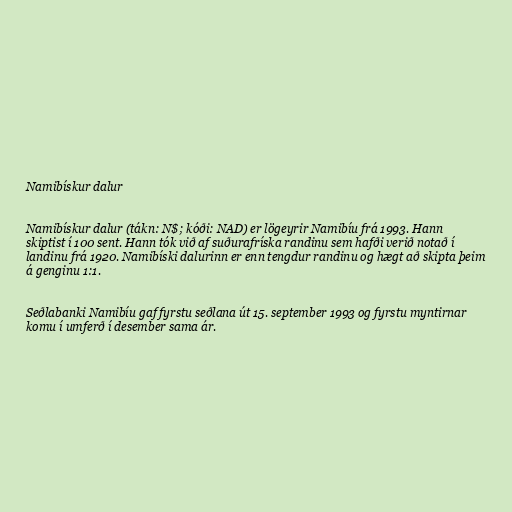
Namibískur dalur

Namibískur dalur (tákn: N$; kóði: NAD) er lögeyrir Namibíu frá 1993. Hann
skiptist í 100 sent. Hann tók við af suðurafríska randinu sem hafði verið notað í
landinu frá 1920. Namibíski dalurinn er enn tengdur randinu og hægt að skipta þeim
á genginu 1:1.

Seðlabanki Namibíu gaf fyrstu seðlana út 15. september 1993 og fyrstu myntirnar
komu í umferð í desember sama ár.